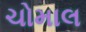
ચોમાલ